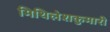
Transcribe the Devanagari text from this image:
मिथिलेशकुमारी